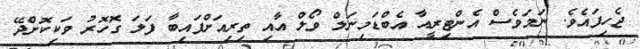
ޖެހިފައެވެ. ނަމަވެސް އެންޓިރީއާ އެބްޑަމިނަލް ވޯލް އާއި ތިރިއަށްފައިބާ ފަލަ ގޮހޮރު ވަކިކޮށްދޭ